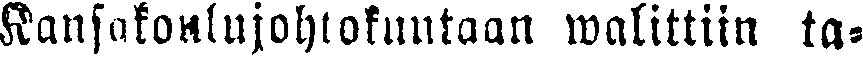
Kansakoulujohtokuntaan walittiin ta-